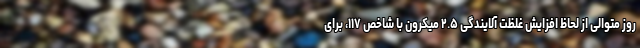
روز متوالی از لحاظ افزایش‌ غلظت آلایندگی ۲.۵ میکرون با شاخص ۱۱۷، برای